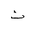
Letter: _tha